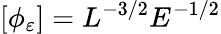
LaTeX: \left[\phi_{\varepsilon}\right]=L^{-3/2}E^{-1/2}